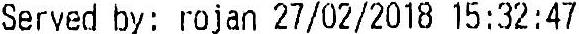
SERVED BY: ROJAN 27/02/2018 15:32:47